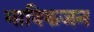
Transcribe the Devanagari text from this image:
भाविकजन